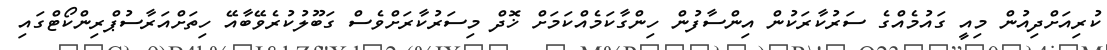
ކުރިއަށްދިއުން މިއީ ގައުމެއްގެ ސަރުކާރަކުން އިންސާފުން ހިންގާކަމެއްކަމަށް ޚޮދް މިސަރުކާރަށްވެސް ގަބޫލުކުރެވޭބާއޭ ހިތަށްއަރާސުޕްރިންކޯޓްގައި